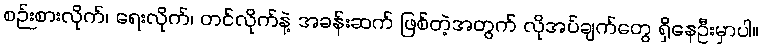
စဉ်းစားလိုက်၊ ရေးလိုက်၊ တင်လိုက်နဲ့ အခန်းဆက် ဖြစ်တဲ့အတွက် လိုအပ်ချက်တွေ ရှိနေဦးမှာပါ။